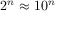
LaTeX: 2 ^ { n } \approx 1 0 ^ { n }